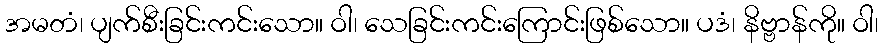
အမတံ၊ ပျက်စီးခြင်းကင်းသော။ ဝါ၊ သေခြင်းကင်းကြောင်းဖြစ်သော။ ပဒံ၊ နိဗ္ဗာန်ကို။ ဝါ၊